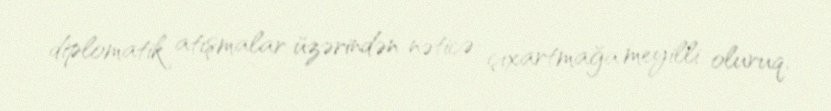
diplomatik atışmalar üzərindən nəticə çıxartmağa meyilli oluruq.